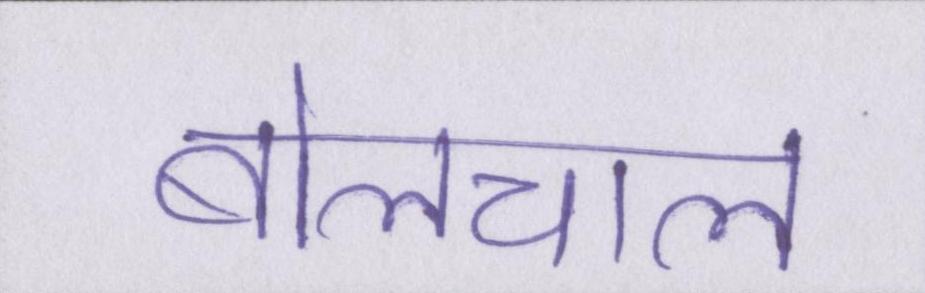
बोलचाल